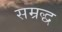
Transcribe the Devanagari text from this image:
सम्रद्ध